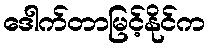
ဒေါက်တာမြင့်နိုင်က